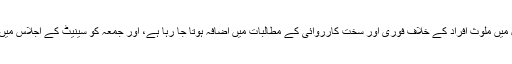
وفاقی حکومت کی طرف سے اس اسکینڈل میں ملوث افراد کے خلاف فوری اور سخت کارروائی کے مطالبات میں اضافہ ہوتا جا رہا ہے، اور جمعہ کو سینیٹ کے اجلاس میں بھی اس معاملے پر گرما گرم بحث ہوئی۔